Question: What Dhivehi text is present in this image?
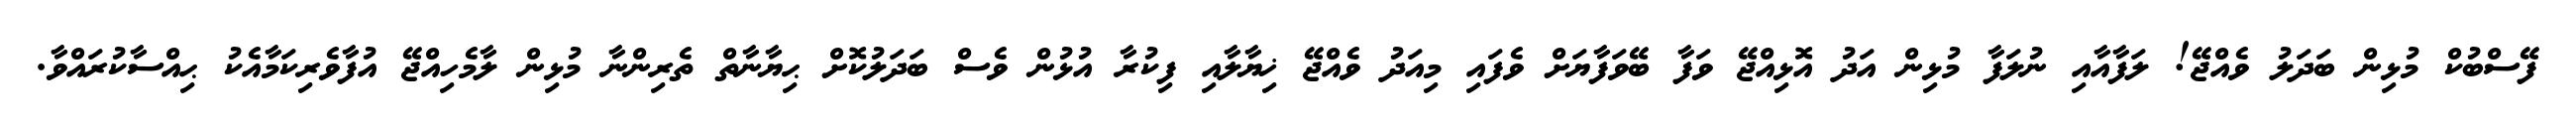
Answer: ފޭސްބުކް މުޅިން ބަދަލު ވެއްޖޭ! ލަފާއާއި ނުލަފާ މުޅިން އަދު އޮޅިއްޖޭ ވަފާ ބޭވަފާޔަށް ވެފައި މިއަދު ވެއްޖޭ ޚިޔާލާއި ފިކުރާ އުޅުން ވެސް ބަދަލުކޮށް ޙިޔާނާތް ތެރިންނާ މުޅިން ލާމެހިއްޖޭ އުފާވެރިކަމާއެކު ޙިއްސާކުރައްވާ.